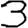
Digit: 3